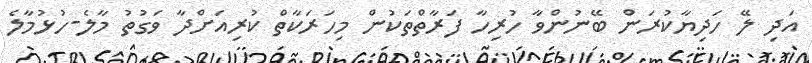
އަދި ލޭ ހަދިޔާކުރަން ބޭނުންވާ ހުރިހާ ފަރާތްތަކުން މިހަރަކާތް ކުރިއަށްދާ ވަގުތު މާލެ-ހުޅުމާލެ